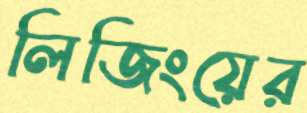
লিজিংয়ের